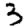
Digit: 3